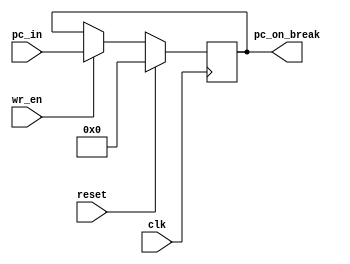
module PCOnBreak(clk, reset, wr_en, pc_in, pc_on_break);
input clk;
input reset;
input wr_en;
input [31:0] pc_in;
output reg [31:0] pc_on_break;

always @ (posedge clk)
  begin
    if (~reset)
      begin
        if (wr_en)
          pc_on_break <= pc_in;
      end
    else
      pc_on_break <= 32'h00000000;
  end
endmodule